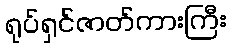
ရုပ်ရှင်ဇာတ်ကားကြီး